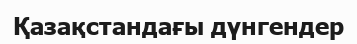
Қазақстандағы дүнгендер